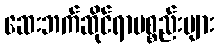
ဆေးဘက်ဆိုင်ရာပစ္စည်းများ